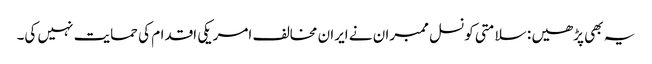
یہ بھی پڑھیں : سلامتی کونسل ممبران نے ایران مخالف امریکی اقدام کی حمایت نہیں کی۔